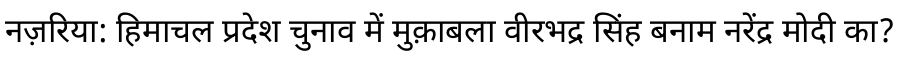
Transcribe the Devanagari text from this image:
नज़रिया: हिमाचल प्रदेश चुनाव में मुक़ाबला वीरभद्र सिंह बनाम नरेंद्र मोदी का?